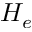
H _ { e }